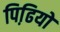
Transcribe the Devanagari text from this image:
पिढि़यों